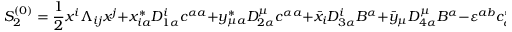
S _ { 2 } ^ { ( 0 ) } = { \frac { 1 } { 2 } } x ^ { i } \Lambda _ { i j } x ^ { j } + x _ { i a } ^ { * } D _ { 1 \alpha } ^ { i } c ^ { \alpha a } + y _ { \mu a } ^ { * } D _ { 2 \alpha } ^ { \mu } c ^ { \alpha a } + \bar { x } _ { i } D _ { 3 \alpha } ^ { i } B ^ { \alpha } + \bar { y } _ { \mu } D _ { 4 \alpha } ^ { \mu } B ^ { \alpha } - \varepsilon ^ { a b } c _ { \alpha a | b } ^ { * } D _ { 5 \beta } ^ { \alpha } B ^ { \beta } .